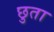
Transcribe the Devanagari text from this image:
छुता